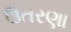
ઉતરણા